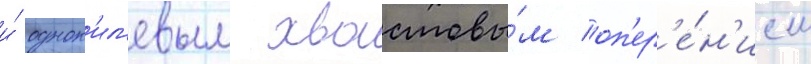
и́ однок'ил'евым хвостовы́м оп'ер'е́н'ием